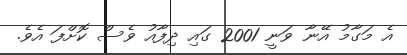
އެ މަގާމު އޭނާ ވަނީ 2001 ގައި ދިފާއު ވެސް ކޮށްފަ އެވެ.